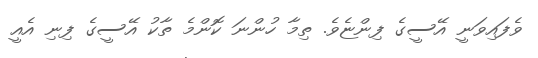
ވެފައިވަނީ އޭސީގެ ފިންޏެވެ. ތިމާ ހުންނަ ކޮންމެ ތާކު އޭސީގެ ފިނި އެއީ